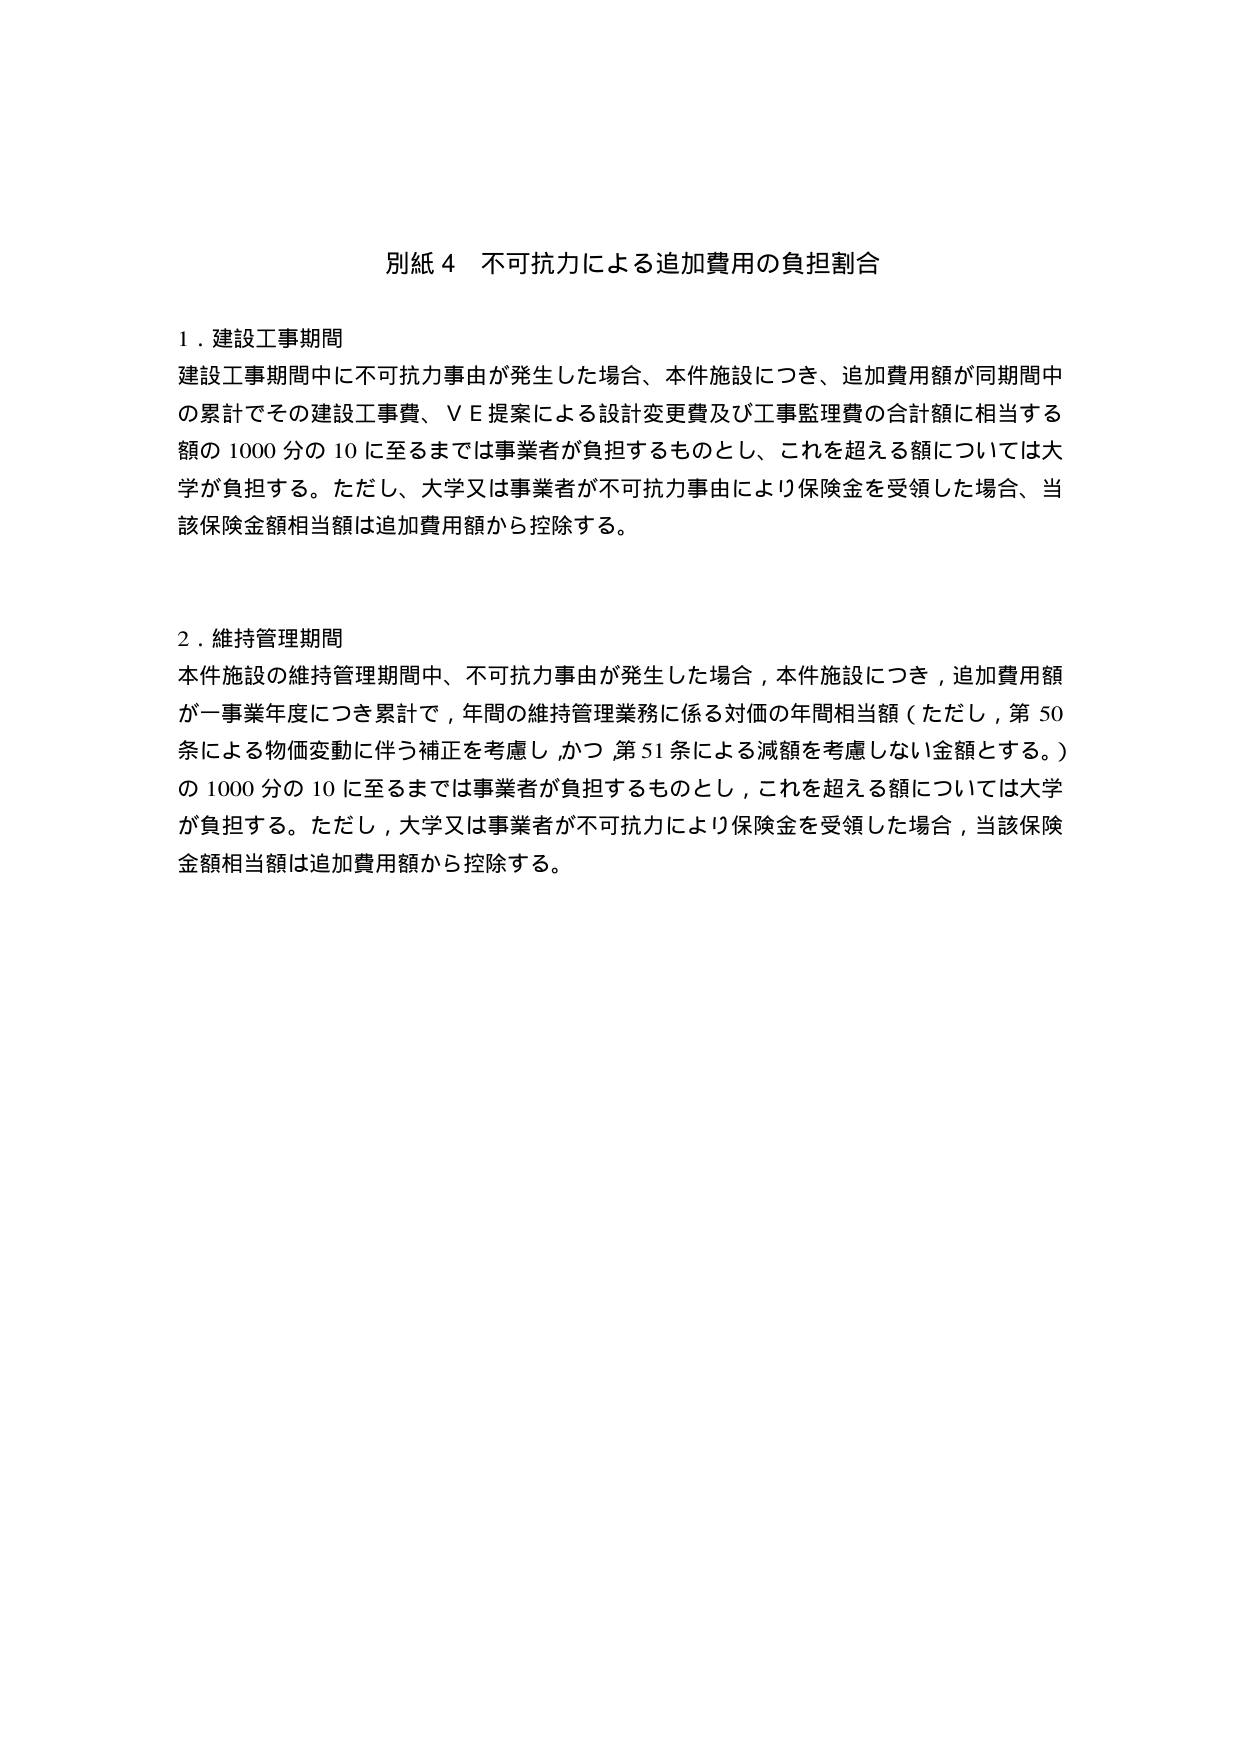
別紙４ 不可抗力による追加費用の負担割合

１．建設工事期間
建設工事期間中に不可抗力事由が発生した場合、本件施設につき、追加費用額が同期間中の累計でその建設工事費、ＶＥ提案による設計変更費及び工事監理費の合計額に相当する額の1000分の10に至るまでは事業者が負担するものとし、これを超える額については大学が負担する。ただし、大学又は事業者が不可抗力事由により保険金を受領した場合、当該保険金額相当額は追加費用額から控除する。

２．維持管理期間
本件施設の維持管理期間中、不可抗力事由が発生した場合、本件施設につき、追加費用額が一事業年度につき累計で、年間の維持管理業務に係る対価の年間相当額（ただし、第50条による物価変動に伴う補正を考慮し、かつ、第51条による減額を考慮しない金額とする。）の1000分の10に至るまでは事業者が負担するものとし、これを超える額については大学が負担する。ただし、大学又は事業者が不可抗力により保険金を受領した場合、当該保険金額相当額は追加費用額から控除する。